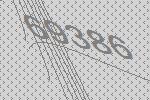
69386